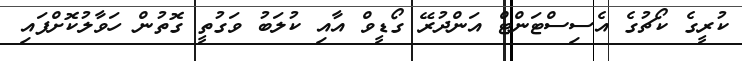
ކުރީގެ ކޯޗުގެ އެސިސްޓަންޓް އަންދުރޭ ގޯޑީވް އާއި ކުލަބު ވަގުތީ ގޮތުން ހަވާލުކޮށްފައި